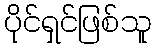
ပိုင်ရှင်ဖြစ်သူ